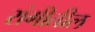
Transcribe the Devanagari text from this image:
रांगीतील